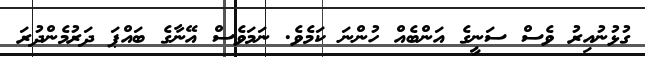
ގުޅުނުއިރު ވެސް ސަނީގެ އަންބެއް ހުންނަ ކަމެވެ. ނަމަވެސް އޭނާގެ ބައްޕަ ދަރުމެންދުރަ